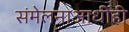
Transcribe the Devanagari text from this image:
संमेलनाआधीही